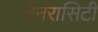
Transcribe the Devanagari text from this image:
जेनरासिटी